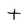
Character: t